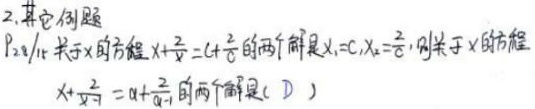
2. 其它例题
已知关于 \(x\) 的方程 \(x + \frac{2}{x}=c+\frac{2}{c}\) 的两个解是 \(x_{1}=c\)，\(x_{2}=\frac{2}{c}\)，则关于 \(x\) 的方程 \(x+\frac{2}{x - 1}=a+\frac{2}{a - 1}\) 的两个解是（D）